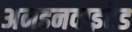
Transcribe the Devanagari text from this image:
अनइनवाइटेड